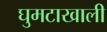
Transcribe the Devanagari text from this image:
घुमटाखाली